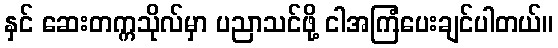
နှင် ဆေးတက္ကသိုလ်မှာ ပညာသင်ဖို့ ငါအကြံပေးချင်ပါတယ်။